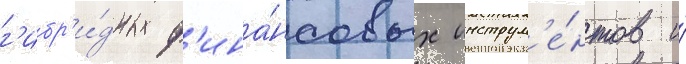
г'ибр'и́дных ф'ина́нсовых инструм'е́нтов и́